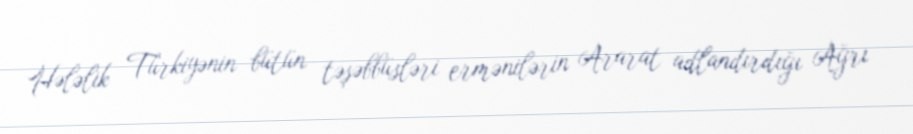
Hələlik Türkiyənin bütün təşəbbüsləri ermənilərin Ararat adlandırdığı Ağrı